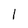
Character: 1